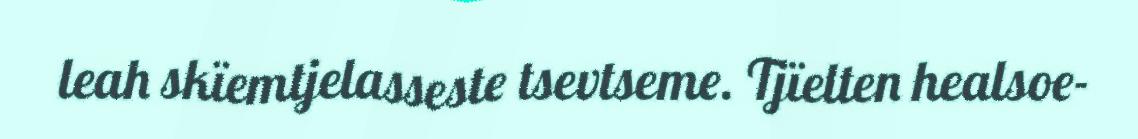
leah skïemtjelasseste tsevtseme. Tjïelten healsoe-